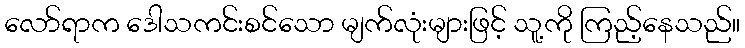
လော်ရာက ဒေါသကင်းစင်သော မျက်လုံးများဖြင့် သူ့ကို ကြည့်နေသည်။